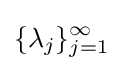
\{\lambda _{j}\}_{j=1}^{\infty }